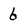
Character: 6